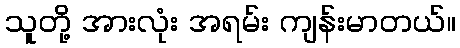
သူတို့ အားလုံး အရမ်း ကျန်းမာတယ်။